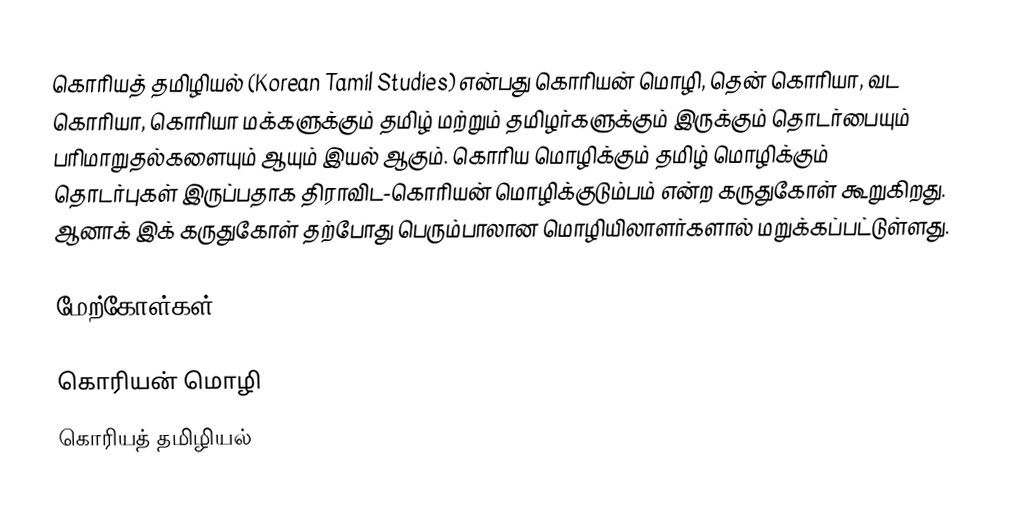
கொரியத் தமிழியல் (Korean Tamil Studies) என்பது கொரியன் மொழி, தென் கொரியா, வட கொரியா, கொரியா மக்களுக்கும் தமிழ் மற்றும் தமிழர்களுக்கும் இருக்கும் தொடர்பையும் பரிமாறுதல்களையும் ஆயும் இயல் ஆகும்.  கொரிய மொழிக்கும் தமிழ் மொழிக்கும் தொடர்புகள் இருப்பதாக திராவிட-கொரியன் மொழிக்குடும்பம் என்ற கருதுகோள் கூறுகிறது.  ஆனாக் இக் கருதுகோள் தற்போது பெரும்பாலான மொழியிலாளர்களால் மறுக்கப்பட்டுள்ளது.

மேற்கோள்கள்

கொரியன் மொழி
கொரியத் தமிழியல்